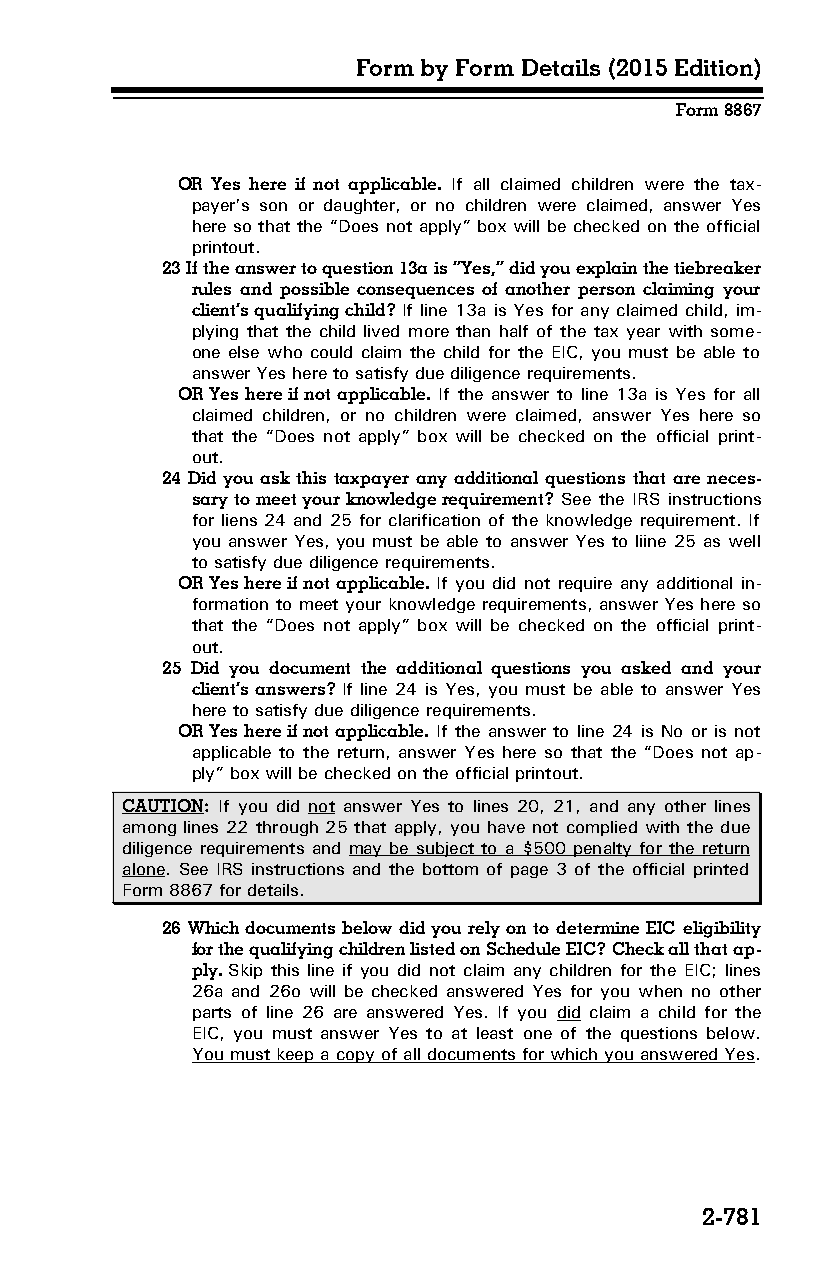
Form by Form Details (2015 Edition)
 Form 8867
 OR Yes here if not applicable. If all claimed children were the tax­
 payer’s son or daughter, or no children were claimed, answer Yes
 here so that the “Does not apply” box will be checked on the official
 printout.
 23 If the answer to question 13a is “Yes,” did you explain the tiebreaker
 rules and possible consequences of another person claiming your
 client’s qualifying child? If line 13a is Yes for any claimed child, im­
 plying that the child lived more than half of the tax year with some­
 one else who could claim the child for the EIC, you must be able to
 answer Yes here to satisfy due diligence requirements.
 OR Yes here if not applicable. If the answer to line 13a is Yes for all
 claimed children, or no children were claimed, answer Yes here so
 that the “Does not apply” box will be checked on the official print­
 out.
 24 Did you ask this taxpayer any additional questions that are neces­
 sary to meet your knowledge requirement? See the IRS instructions
 for liens 24 and 25 for clarification of the knowledge requirement. If
 you answer Yes, you must be able to answer Yes to liine 25 as well
 to satisfy due diligence requirements.
 OR Yes here if not applicable. If you did not require any additional in­
 formation to meet your knowledge requirements, answer Yes here so
 that the “Does not apply” box will be checked on the official print­
 out.
 25 Did you document the additional questions you asked and your
 client’s answers? If line 24 is Yes, you must be able to answer Yes
 here to satisfy due diligence requirements.
 OR Yes here if not applicable. If the answer to line 24 is No or is not
 applicable to the return, answer Yes here so that the “Does not ap­
 ply” box will be checked on the official printout.
 CAUTION: If you did not answer Yes to lines 20, 21, and any other lines
 among lines 22 through 25 that apply, you have not complied with the due
 diligence requirements and may be subject to a $500 penalty for the return
 alone. See IRS instructions and the bottom of page 3 of the official printed
 Form 8867 for details.
 26 Which documents below did you rely on to determine EIC eligibility
 for the qualifying children listed on Schedule EIC? Check all that ap­
 ply. Skip this line if you did not claim any children for the EIC; lines
 26a and 26o will be checked answered Yes for you when no other
 parts of line 26 are answered Yes. If you did claim a child for the
 EIC, you must answer Yes to at least one of the questions below.
 You must keep a copy of all documents for which you answered Yes.
 2-781